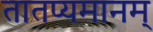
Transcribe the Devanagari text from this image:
तातप्यमानम्